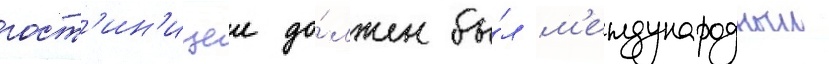
гост'ин'ицеи до́лжен бы́л м'еждународныи